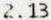
2.13